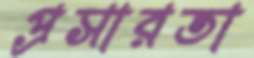
প্রসারতা